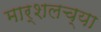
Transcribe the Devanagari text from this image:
मार्शलच्या